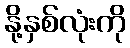
နို့နှစ်လုံးကို